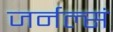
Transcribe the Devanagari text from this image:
जर्नल्सं